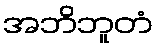
အဘိဘူတံ